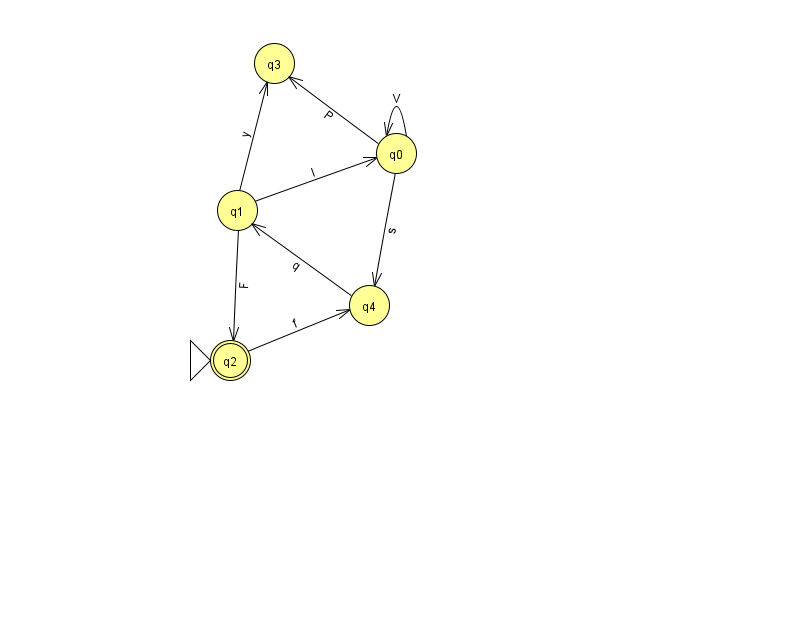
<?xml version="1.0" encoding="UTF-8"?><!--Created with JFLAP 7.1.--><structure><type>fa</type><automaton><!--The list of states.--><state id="0" name="q0"><x>396.0</x><y>140.0</y></state><state id="1" name="q1"><x>237.0</x><y>197.0</y></state><state id="2" name="q2"><x>230.0</x><y>347.0</y><initial/><final/></state><state id="3" name="q3"><x>274.0</x><y>50.0</y></state><state id="4" name="q4"><x>369.0</x><y>292.0</y></state><!--The list of transitions.--><transition><from>1</from><to>2</to><read>F</read></transition><transition><from>1</from><to>0</to><read>l</read></transition><transition><from>4</from><to>1</to><read>q</read></transition><transition><from>2</from><to>4</to><read>f</read></transition><transition><from>0</from><to>0</to><read>V</read></transition><transition><from>0</from><to>4</to><read>s</read></transition><transition><from>0</from><to>3</to><read>P</read></transition><transition><from>1</from><to>3</to><read>y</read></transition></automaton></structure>